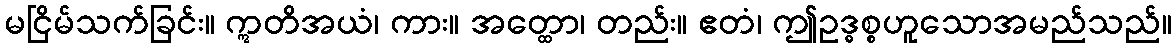
မငြိမ်သက်ခြင်း။ ဣတိအယံ၊ ကား။ အတ္ထော၊ တည်း။ ဧတံ၊ ဤဥဒ္ဓစ္စဟူသောအမည်သည်။